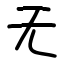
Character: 无